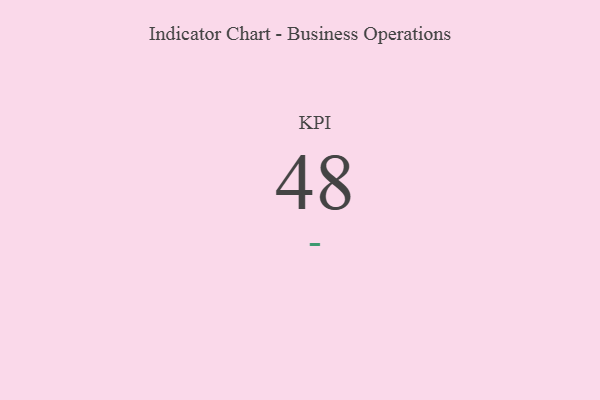
{"axis": {"x": "KPI", "y": "Value"}, "legend": [""], "data": [{"x": "KPI", "y": 48, "type": ""}]}